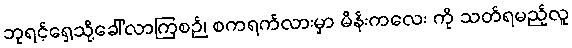
ဘုရင့်ရှေ့သို့ခေါ်လာကြစဉ်၊ စကရက်လားမှာ မိန်းကလေး ကို သတ်ရမည့်လူ